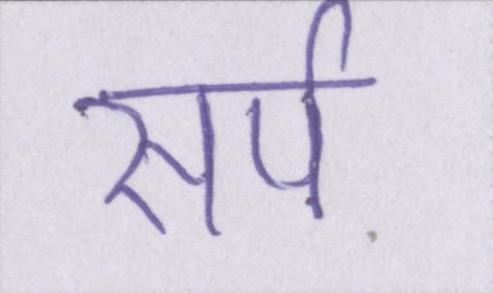
सर्प